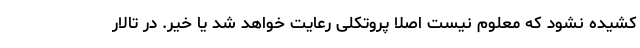
کشیده نشود که معلوم نیست اصلا پروتکلی رعایت خواهد شد یا خیر. در تالار